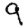
Digit: 9